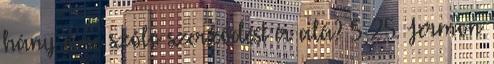
hány évre szóló szerződést ír alá? 5 25. Jermon